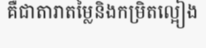
គឺជាតារាតម្លៃនិងកម្រិតល្អៀង